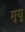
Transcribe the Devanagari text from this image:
मृयु